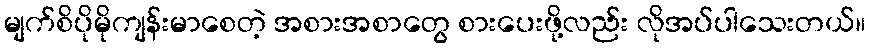
မျက်စိပိုမိုကျန်းမာစေတဲ့ အစားအစာတွေ စားပေးဖို့လည်း လိုအပ်ပါသေးတယ်။